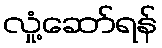
လှုံ့ဆော်ရန်